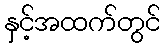
နှင့်အထက်တွင်